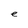
Character: e